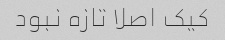
کیک اصلا تازه نبود